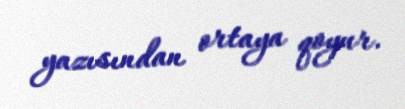
yazısından ortaya qoyur.